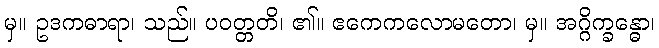
မှ။ ဥဒကဓာရာ၊ သည်။ ပဝတ္တတိ၊ ၏။ ဧကေကလောမတော၊ မှ။ အဂ္ဂိက္ခန္ဓော၊